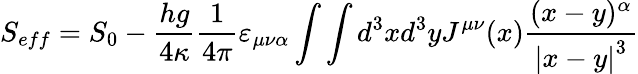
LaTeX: S_{eff}=S_{0}-\frac{hg}{4\kappa}\frac 1{4\pi}\varepsilon_{\mu\nu\alpha}\int\int d^{3}xd^{3}yJ^{\mu\nu}(x)\frac{(x-y)^{\alpha}}{\left|x-y\right|^{3}}